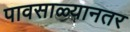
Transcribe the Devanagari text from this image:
पावसाळ्यानतर